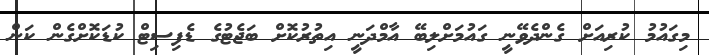
މިގައުމު ކުރިއަށް ގެންދެވޭނީ ގައުމަށްލިބޭ އާމްދަނީ އިތުރުކޮށް ބަޖެޓުގެ ޑެފިސިޓް ކުޑަކޮށްގެން ކަން